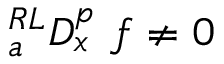
{ } _ { a } ^ { R L } D _ { x } ^ { p } ~ f \neq 0